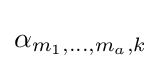
\alpha _{m_{1},\ldots ,m_{a},k}